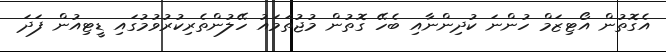
އެގޮތުން އޯޓިޒަމް ހުންނަ ކުދިންނާއި ބެހޭ ގޮތުން މުޖުތަމައު ހޭލުންތެރިކުރުވުމުގައި ޑީޓިއުން ފަދަ